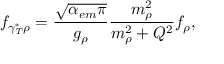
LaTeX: f _ { \gamma _ { T } ^ { * } \rho } = \frac { \sqrt { \alpha _ { e m } \pi } } { g _ { \rho } } \frac { m _ { \rho } ^ { 2 } } { m _ { \rho } ^ { 2 } + Q ^ { 2 } } f _ { \rho } ,